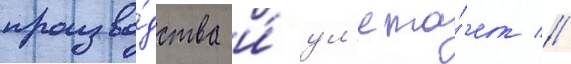
произво́дства и́ ул'ета́ет //